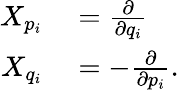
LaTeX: \begin{array}{rl}{X_{p_{i}}}&{{}={\frac{\partial}{\partial q_{i}}}}\\ {X_{q_{i}}}&{{}=-{\frac{\partial}{\partial p_{i}}}.}\end{array}